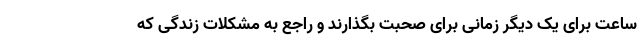
ساعت برای یک دیگر زمانی برای صحبت بگذارند و راجع به مشکلات زندگی که